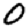
Digit: 0